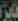
فايز